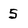
Character: 5